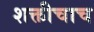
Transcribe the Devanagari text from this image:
शक्तीचाच